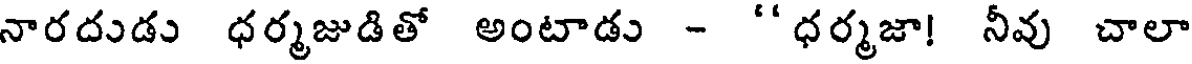
నారదుడు ధర్మజుడితో అంటాడు - "ధర్మజా! నీవు చాలా